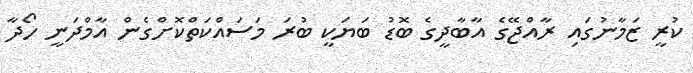
ކުރީ ޒަމާނުގައި ރާއްޖޭގެ އާބާދީގެ ބޮޑު ބަޔަކީ ބުރަ މަސައްކަތްކޮށްގެން އާމްދަނީ ހޯދާ